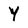
Character: Y